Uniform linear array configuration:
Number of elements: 12
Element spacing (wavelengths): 0.25
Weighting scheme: exponential
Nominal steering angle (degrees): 45
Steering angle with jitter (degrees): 43.587
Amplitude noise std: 0.05
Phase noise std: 0.05

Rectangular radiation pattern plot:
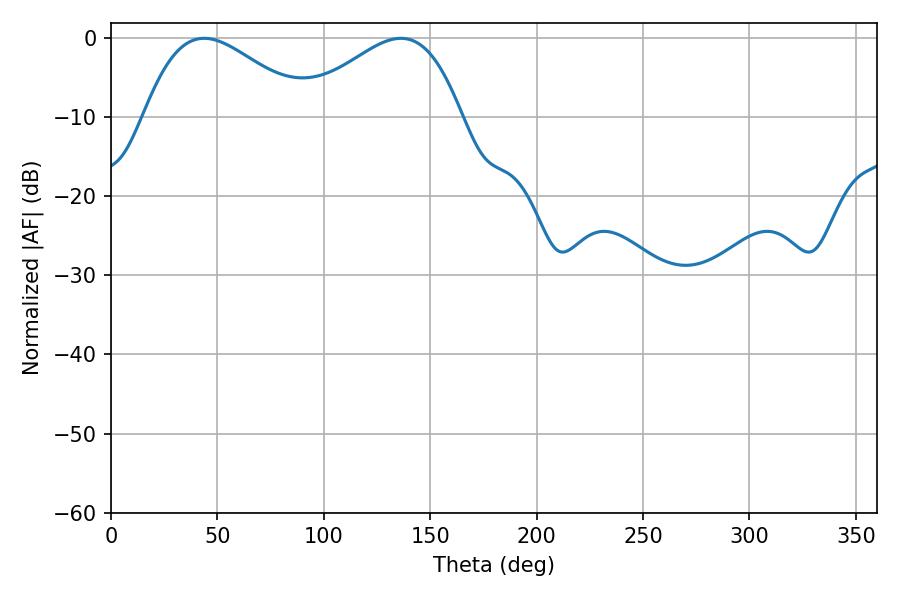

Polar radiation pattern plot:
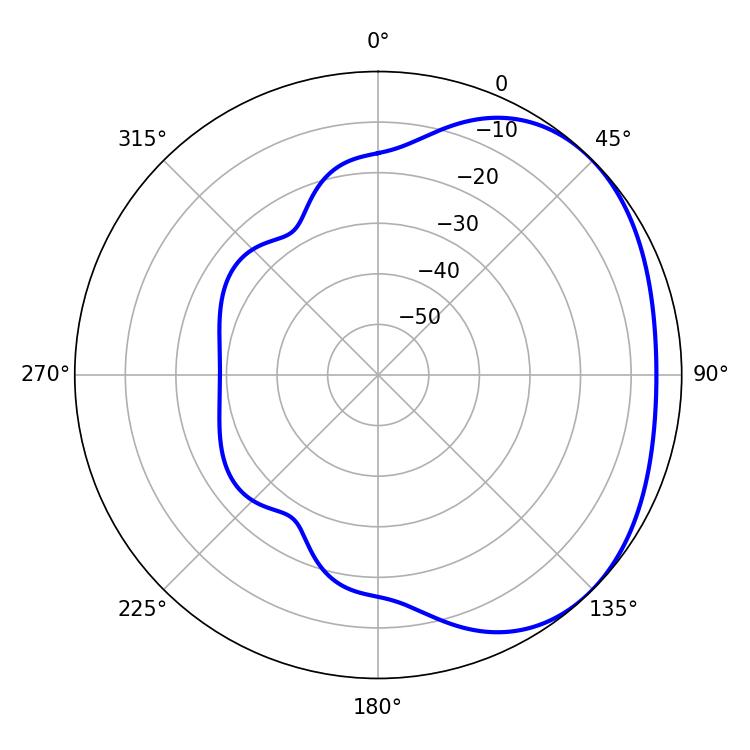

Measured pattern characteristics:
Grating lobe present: FALSE
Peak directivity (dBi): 2.438
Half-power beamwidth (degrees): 41.04
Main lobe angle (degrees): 43.74